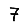
Digit: 7